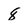
Character: 8